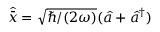
\hat { \bar { x } } = \sqrt { \hbar / ( 2 \omega ) } ( \hat { a } + \hat { a } ^ { \dagger } )